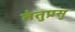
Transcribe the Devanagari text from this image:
तंतुप्रसु